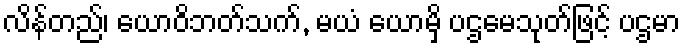
လိန်တည်၊ ယောဝိဘတ်သက်, မယံ ယောမှိ ပဌမေသုတ်ဖြင့် ပဌမာ